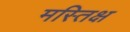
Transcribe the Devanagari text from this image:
मस्तिक्ष